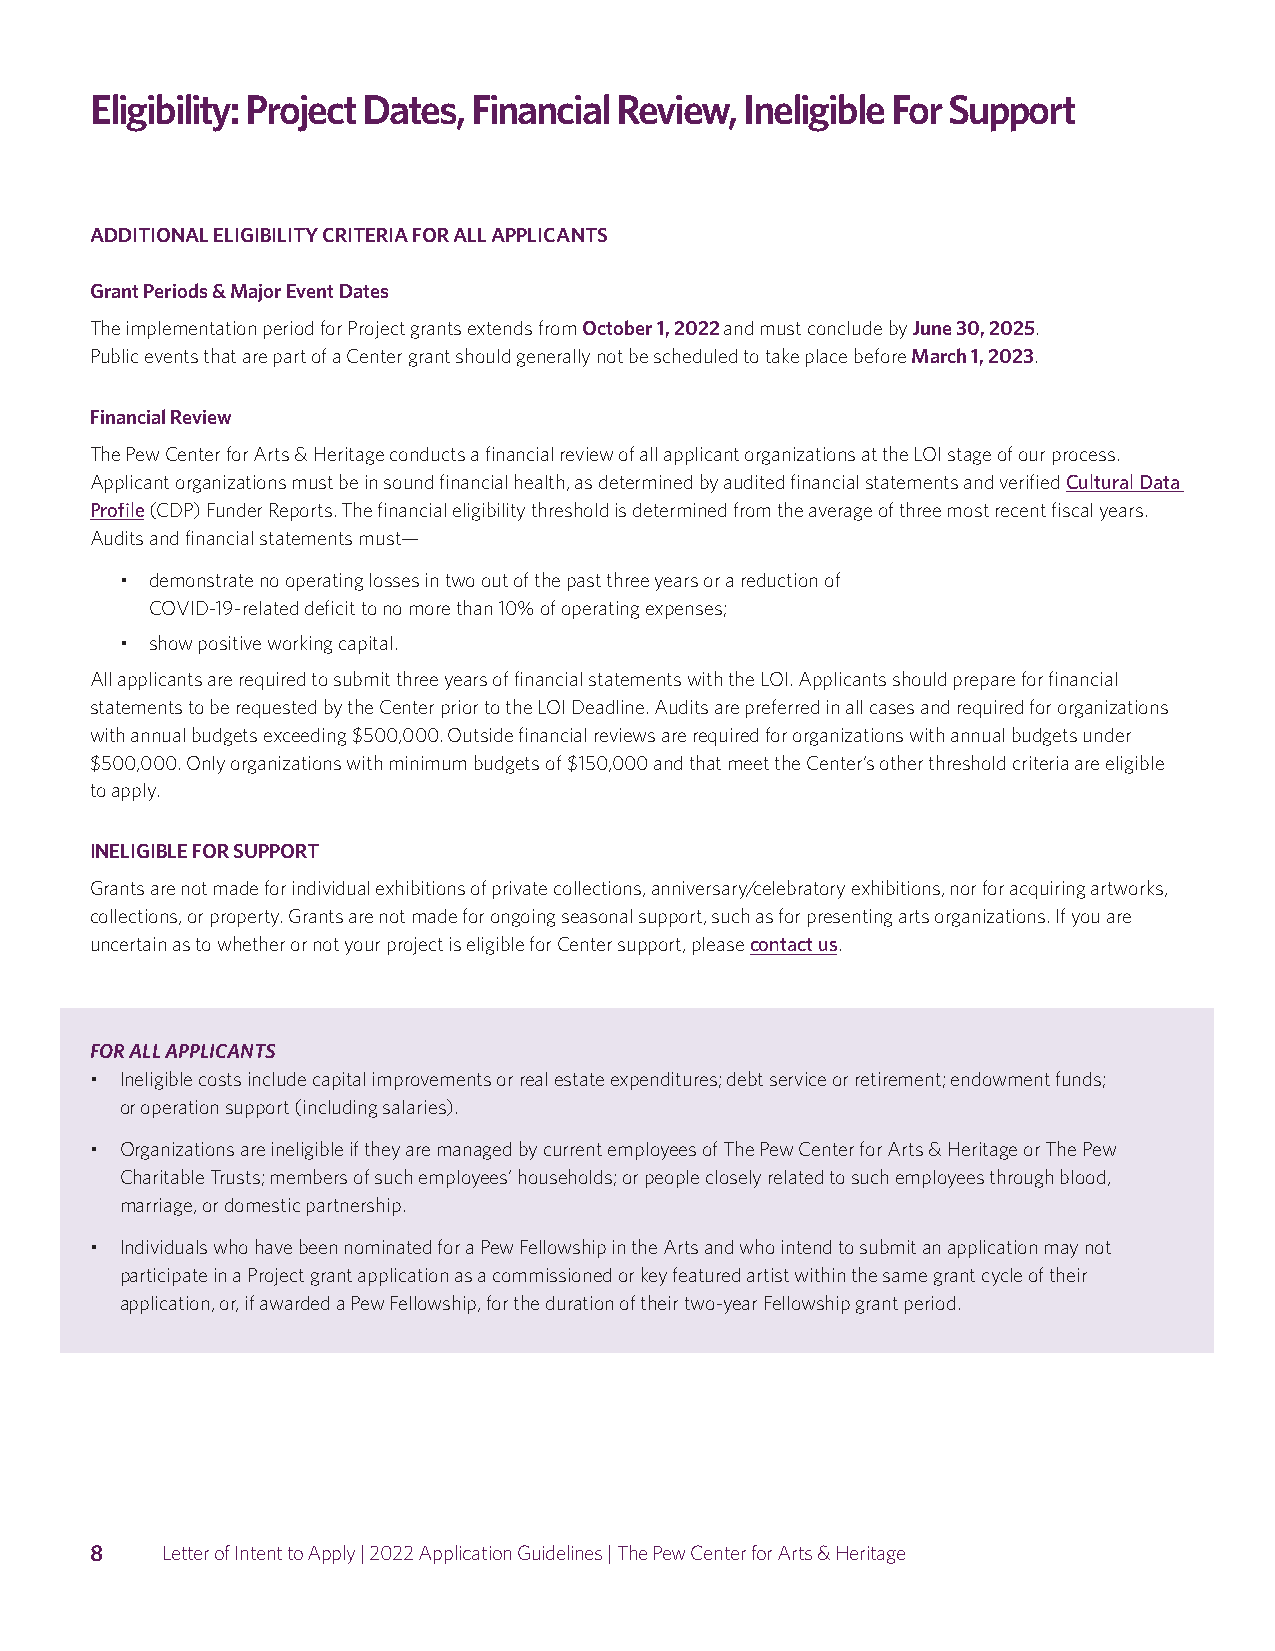
Eligibility: Project Dates, Financial Review, Ineligible For Support
 ADDITIONAL ELIGIBILITY CRITERIA FOR ALL APPLICANTS
 Grant Periods & Major Event Dates
 The implementation period for Project grants extends from October 1, 2022 and must conclude by June 30, 2025.
 Public events that are part of a Center grant should generally not be scheduled to take place before March 1, 2023.
 Financial Review
 The Pew Center for Arts & Heritage conducts a financial review of all applicant organizations at the LOI stage of our process.
 Applicant organizations must be in sound financial health, as determined by audited financial statements and verified Cultural Data
 Profile (CDP) Funder Reports. The financial eligibility threshold is determined from the average of three most recent fiscal years.
 Audits and financial statements must—
 • demonstrate no operating losses in two out of the past three years or a reduction of
 COVID-19-related deficit to no more than 10% of operating expenses;
 • show positive working capital.
 All applicants are required to submit three years of financial statements with the LOI. Applicants should prepare for financial
 statements to be requested by the Center prior to the LOI Deadline. Audits are preferred in all cases and required for organizations
 with annual budgets exceeding $500,000. Outside financial reviews are required for organizations with annual budgets under
 $500,000. Only organizations with minimum budgets of $150,000 and that meet the Center’s other threshold criteria are eligible
 to apply.
 INELIGIBLE FOR SUPPORT
 Grants are not made for individual exhibitions of private collections, anniversary/celebratory exhibitions, nor for acquiring artworks,
 collections, or property. Grants are not made for ongoing seasonal support, such as for presenting arts organizations. If you are
 uncertain as to whether or not your project is eligible for Center support, please contact us.
 FOR ALL APPLICANTS
 • Ineligible costs include capital improvements or real estate expenditures; debt service or retirement; endowment funds;
 or operation support (including salaries).
 • Organizations are ineligible if they are managed by current employees of The Pew Center for Arts & Heritage or The Pew
 Charitable Trusts; members of such employees’ households; or people closely related to such employees through blood,
 marriage, or domestic partnership.
 • Individuals who have been nominated for a Pew Fellowship in the Arts and who intend to submit an application may not
 participate in a Project grant application as a commissioned or key featured artist within the same grant cycle of their
 application, or, if awarded a Pew Fellowship, for the duration of their two-year Fellowship grant period.
 8    Letter of Intent to Apply | 2022 Application Guidelines | The Pew Center for Arts & Heritage